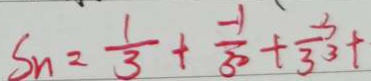
S _ { n } = \frac { 1 } { 3 } + \frac { - 1 } { 3 ^ { 2 } } + \frac { - 3 } { 3 ^ { 3 } + }